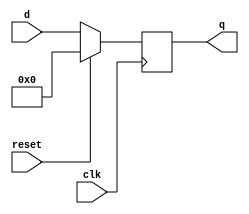
module top_module (
    input clk,
    input reset,            // Synchronous reset
    input [7:0] d,
    output [7:0] q
);
	always@(posedge clk) begin
        q <= reset? 8'h00:d;
    end
endmodule